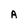
Character: A